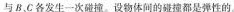
与B、C各发生一次碰撞。设物体间的碰撞都是弹性的。